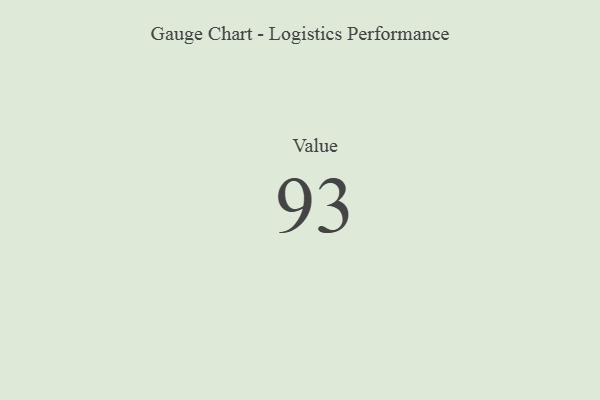
{"axis": {"x": "Metric", "y": "Value"}, "legend": [""], "data": [{"x": "Value", "y": 93, "type": ""}]}